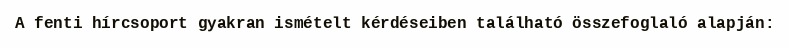
A fenti hírcsoport gyakran ismételt kérdéseiben található összefoglaló alapján: